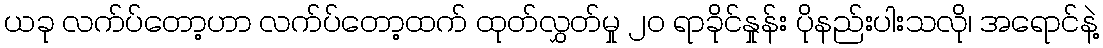
ယခု လက်ပ်တော့ဟာ လက်ပ်တော့ထက် ထုတ်လွှတ်မှု ၂၀ ရာခိုင်နှုန်း ပိုနည်းပါးသလို၊ အရောင်နဲ့